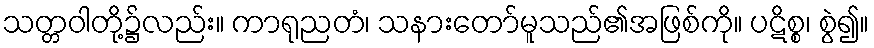
သတ္တဝါတို့၌လည်း။ ကာရုညတံ၊ သနားတော်မူသည်၏အဖြစ်ကို။ ပဋိစ္စ၊ စွဲ၍။